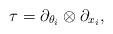
LaTeX: \begin{align*}\tau=\partial_{\theta_i}\otimes\partial_{x_i},\end{align*}